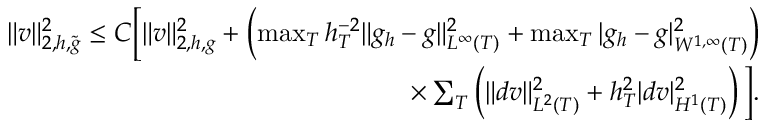
\begin{array} { r } { \| v \| _ { 2 , h , \widetilde { g } } ^ { 2 } \le C \bigg [ \| v \| _ { 2 , h , g } ^ { 2 } + \left( \operatorname* { m a x } _ { T } h _ { T } ^ { - 2 } \| g _ { h } - g \| _ { L ^ { \infty } ( T ) } ^ { 2 } + \operatorname* { m a x } _ { T } | g _ { h } - g | _ { W ^ { 1 , \infty } ( T ) } ^ { 2 } \right) } \\ { \times \sum _ { T } \left( \| d v \| _ { L ^ { 2 } ( T ) } ^ { 2 } + h _ { T } ^ { 2 } | d v | _ { H ^ { 1 } ( T ) } ^ { 2 } \right) \bigg ] . } \end{array}